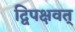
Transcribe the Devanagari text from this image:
द्विपक्षवत्‌